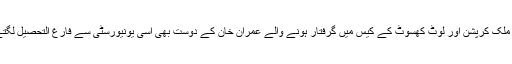
بیرون ملک کرپشن اور لوٹ کھسوٹ کے کیس میں گرفتار ہونے والے عمران خان کے دوست بھی اسی یونیورسٹی سے فارغ التحصیل لگتے ہیں۔